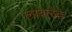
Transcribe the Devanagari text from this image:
लावलेत